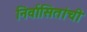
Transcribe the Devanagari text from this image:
निर्वासितांची